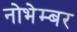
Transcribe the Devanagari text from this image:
नोभेम्बर